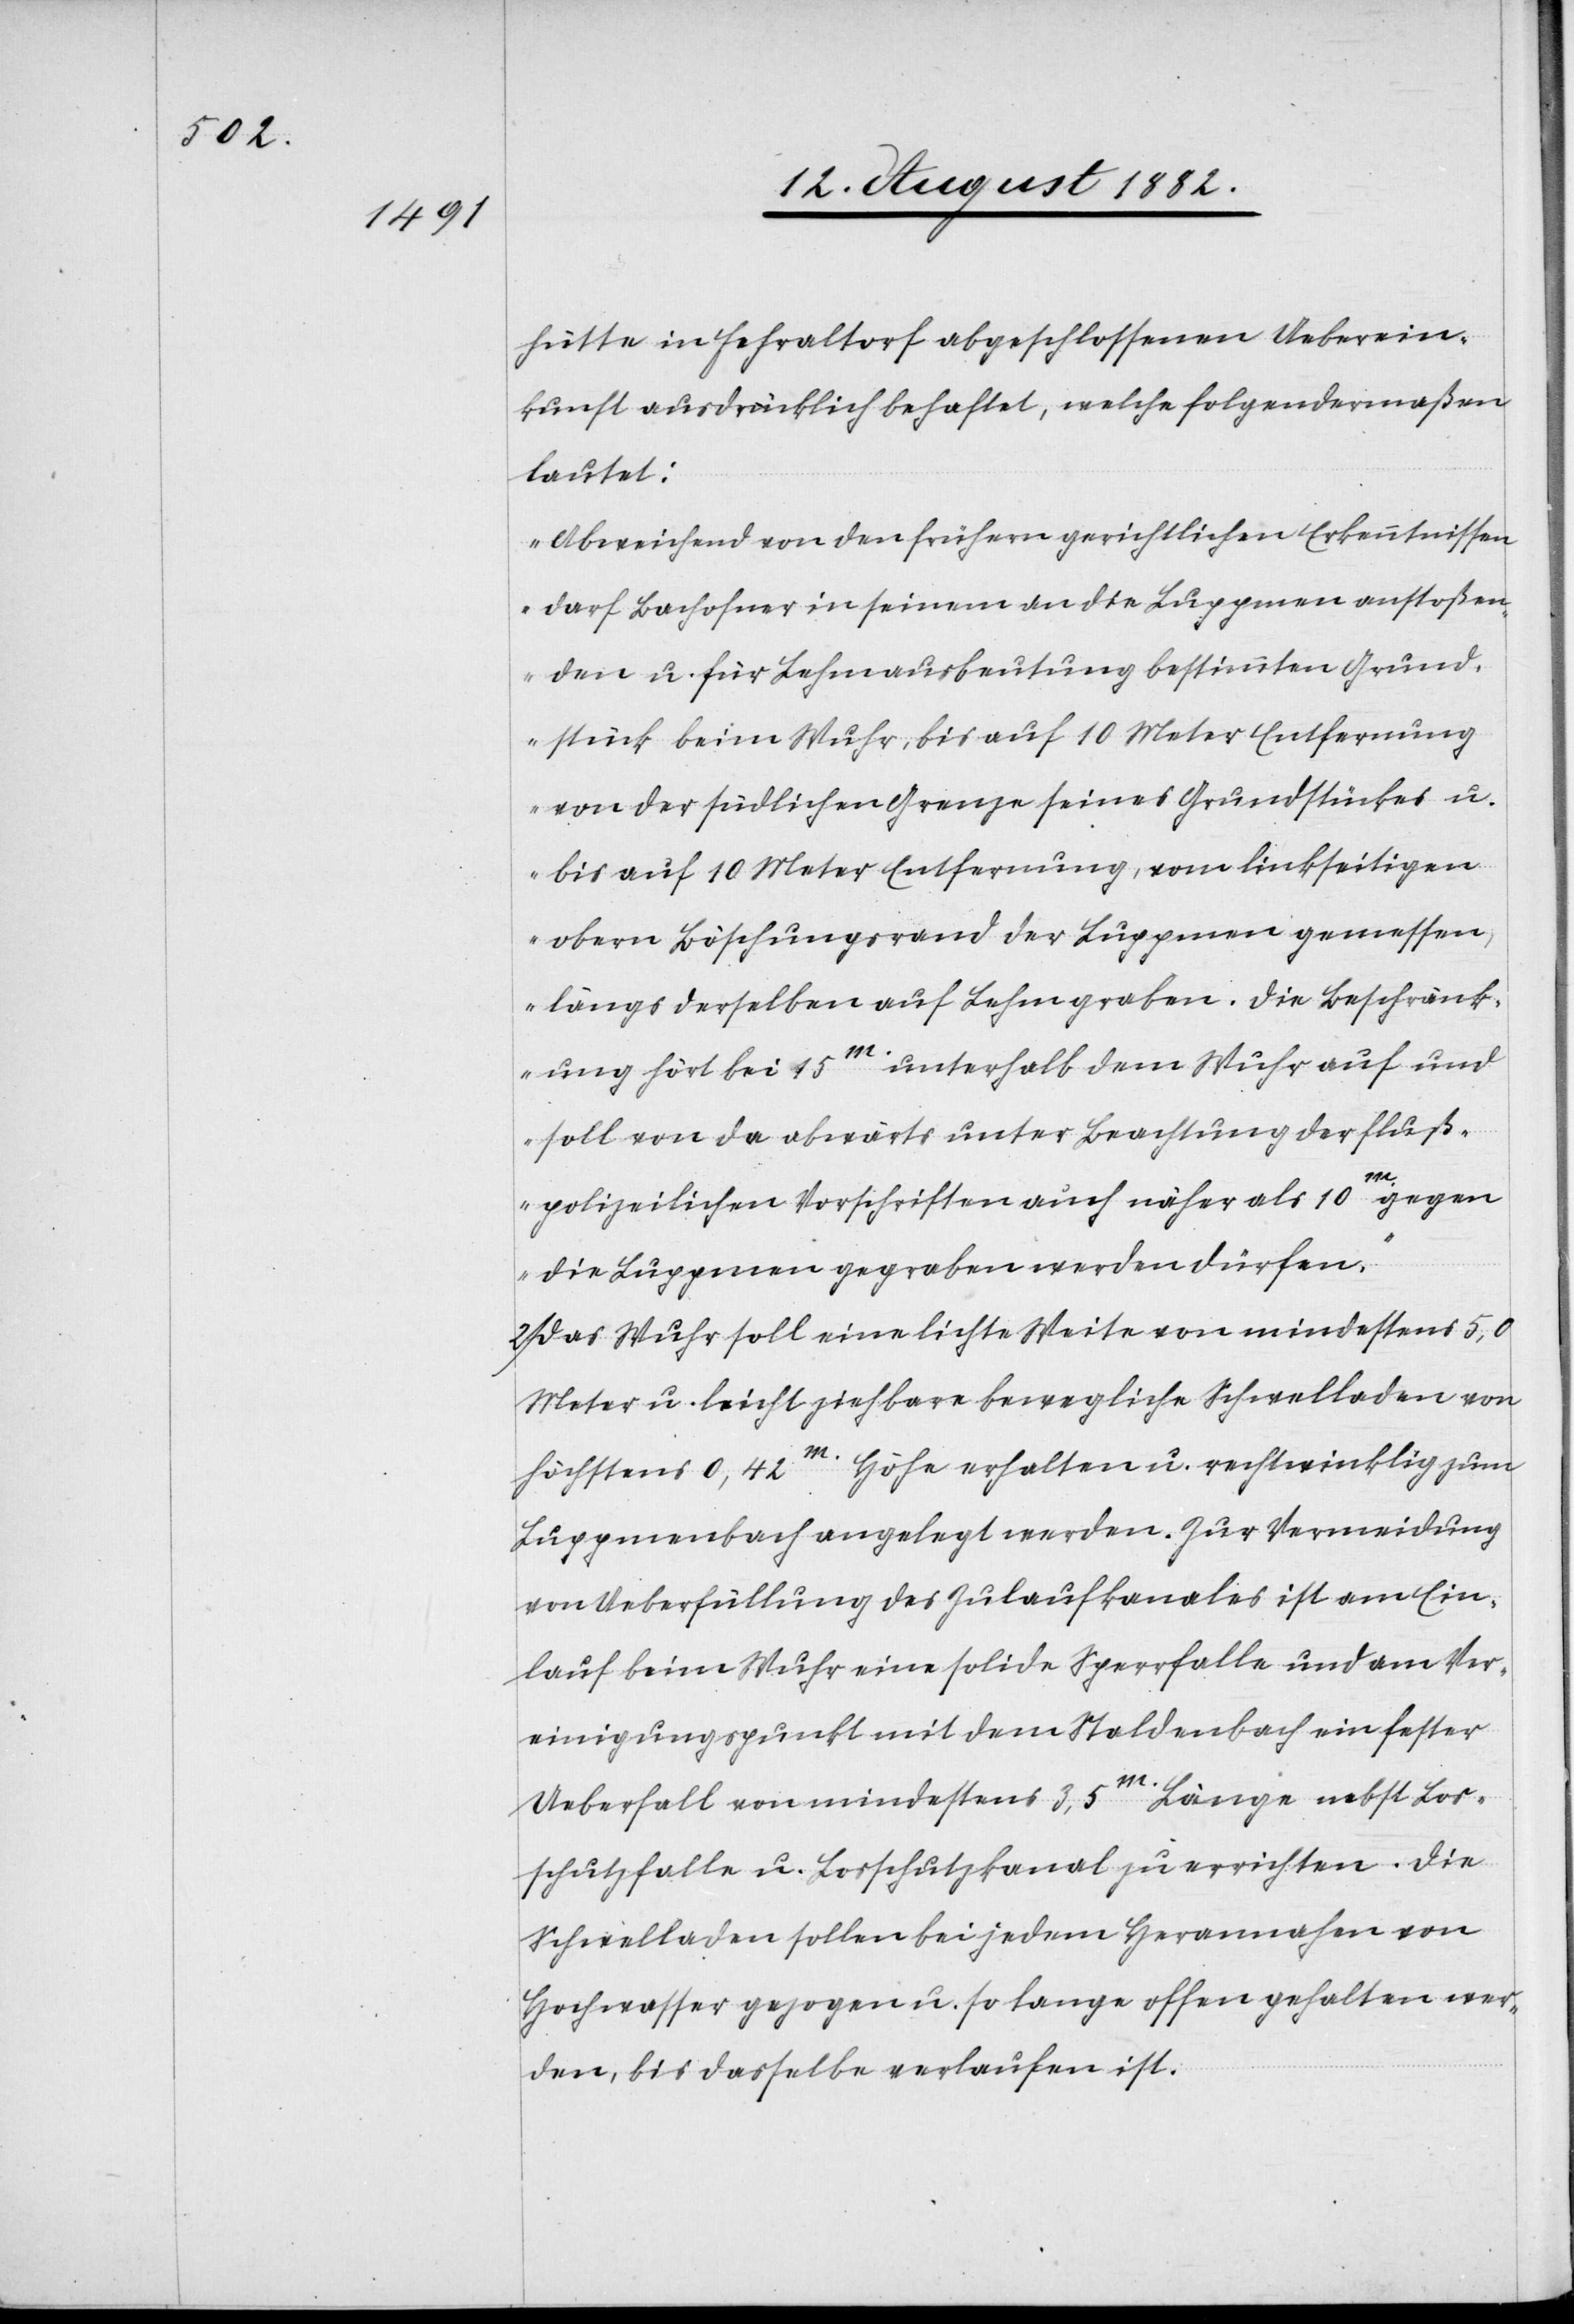
hütte in Fehraltorf abgeschlossenen Ueberein¬
kunft ausdrücklich behaftet, welche folgendermaßen
lautet:
„Abweichend von den frühern gerichtlichen Erkenntnissen
darf Bachofner in seinem an die Luppmen anstoßen¬
den u. für Lehmausbeutung bestimmten Grund¬
stücke beim Wuhr, bis auf 10 Meter Entfernung
von der südlichen Grenze seines Grundstückes u.
bis auf 10 Meter Entfernung, vom linksseitigen
obern Böschungsrand der Luppmen gemessen,
längs derselben auf Lehm graben. Die Beschränk¬
ung hört bei 15m unterhalb dem Wuhr auf und
soll von da abwärts unter Beachtung der fluß¬
polizeilichen Vorschriften auch näher als 10m gegen
die Luppmen gegraben werden dürfen.“
Das Wuhr soll eine lichte Weite von mindestens 5,0
Meter u. leicht ziehbare bewegliche Schwelladen von
höchstens 0,42m Höhe erhalten u. rechtwinklich zum
Luppmenbach angelegt werden. Zur Vermeidung
von Ueberfüllung des Zulaufkanales ist am Ein¬
lauf beim Wuhr eine solide Sperrfalle und am Ver¬
einigungspunkt mit dem Staldenbach ein fester
2.
Ueberfall von mindestens 3,5m Länge nebst Los¬
schutzfalle u. Losschutzkanal zu errichten. Die
Schwelladen sollen bei jedem Herannahen von
Hochwasser gezogen u. so lange offen gehalten wer¬
den, bis dasselbe verlaufen ist.